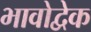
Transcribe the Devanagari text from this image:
भावोद्वेक